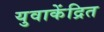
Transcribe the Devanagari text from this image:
युवाकेंद्रित